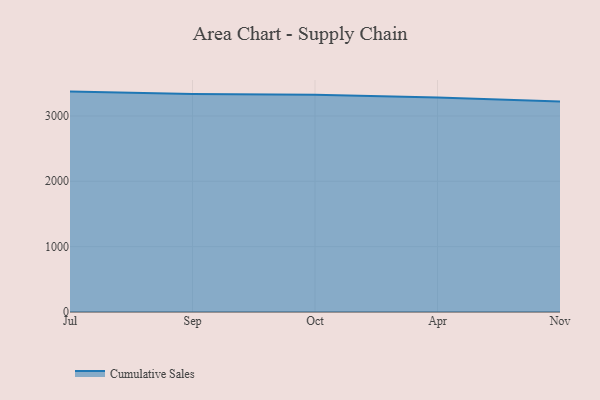
{"axis": {"x": "Month", "y": "Churn Rate (%)"}, "legend": ["Cumulative Sales"], "data": [{"x": "Jul", "y": 3372.4, "type": "Cumulative Sales"}, {"x": "Sep", "y": 3336.9, "type": "Cumulative Sales"}, {"x": "Oct", "y": 3324.1, "type": "Cumulative Sales"}, {"x": "Apr", "y": 3280.9, "type": "Cumulative Sales"}, {"x": "Nov", "y": 3219.6, "type": "Cumulative Sales"}]}